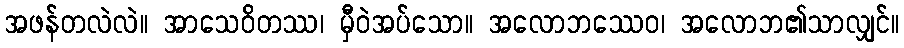
အဖန်တလဲလဲ။ အာသေဝိတဿ၊ မှီဝဲအပ်သော။ အလောဘဿေဝ၊ အလောဘ၏သာလျှင်။